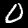
Label: 0